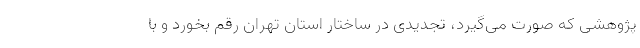
پژوهشی که صورت می‌گیرد، تجدیدی در ساختار استان تهران رقم بخورد و با